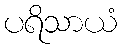
ပရိသာယံ